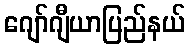
ဂျော်ဂျီယာပြည်နယ်